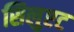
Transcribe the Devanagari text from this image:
सिलुएट